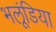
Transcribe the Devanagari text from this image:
भलूंडिया